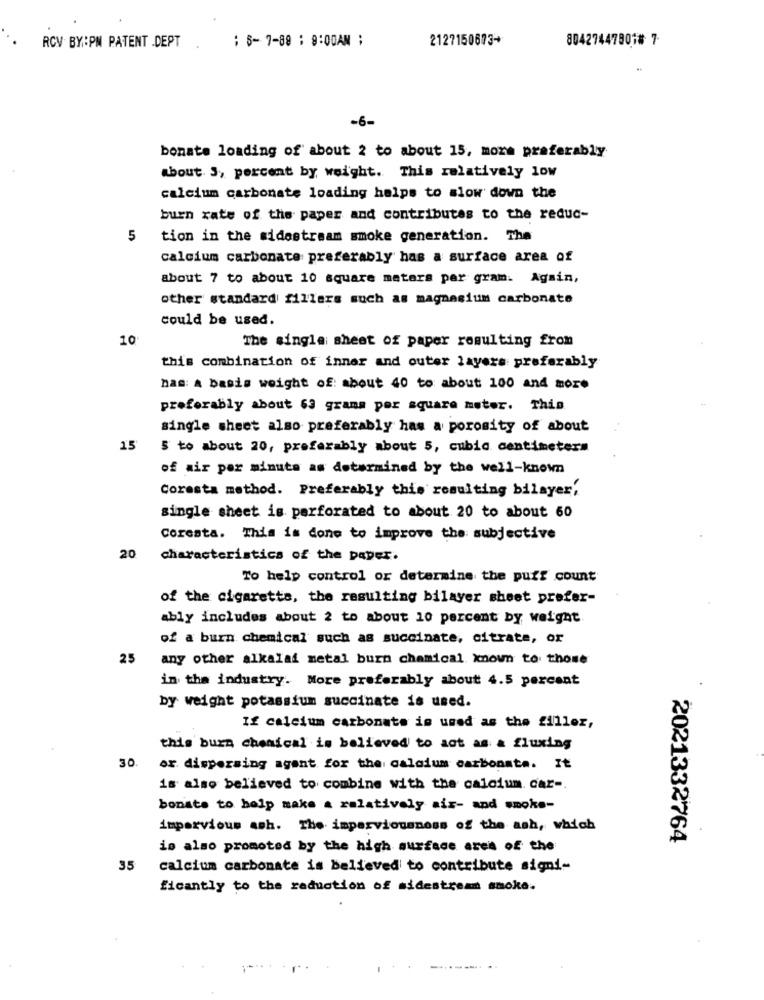
: 8-7-89 : 9:00AM ;
2127150673+
804274479018 7
RCV BY:PM PATENT .DEPT
-6-
bonate loading of about 2 to about 15, moze preferably
about. 3, percent by weight. This relatively low
calcium carbonate loading helps to slow down the
burn rate of the paper and contributes to the reduc-
5
tion in the sidestream smoke generation. The
calcium carbonate preferably has a surface area of
about 7 to about 10 square meters per gram. Again,
other standard fillers such as magnesium carbonate
could be used.
10
The single sheet of paper resulting from
this combination of inner and outer layers preferably
nas: A basis weight of: about 40 to about 100 and more
preferably about 63 grams per square meter. This
single sheet also preferably has a porosity of about
15
$ to about 20, preferably about 5, cubic centimeters
of air per minute as determined by the well-known
Coresta method. Preferably this resulting bilayer,
single sheet is perforated to about 20 to about 60
Coresta. This is done to improve the: subjective
20
characteristics of the paper.
To help control or determine the puff count
of the cigaretts, the resulting bilayer sheet prefer-
ably includes about 2 to about 10 percent by weight
of a burn chemical such as succinate, citrate, or
25
any other alkalaf metal burn chamical known to those
in the industry. More preferably about 4.5 percent
by weight potassium succinate is used.
If calcium carbonate is used as the filler,
this burn chemical is believed to act as a fluxing
30
or. dispersing agent for the calcium carbonate. It
is also believed to combine with the calcium. car -.
bonate to help make a relatively air- and smoke-
impervious ash. The imperviousness of the ash, which
2021332764
is also promoted by the high surface area of the
35
calcium carbonate is believed to contribute signi-
ficantly to the reduction of sidestream smoke.